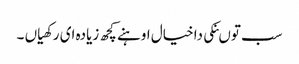
سب توںنکی دا خیال اوہنے کچھ زیادہ ای رکھیاں ۔